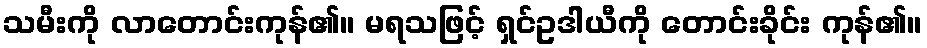
သမီးကို လာတောင်းကုန်၏။ မရသဖြင့် ရှင်ဥဒါယီကို တောင်းခိုင်း ကုန်၏။